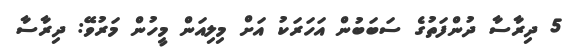
5 ދިރާސާ ދުންފަތުގެ ސަބަބުން އަހަރަކު އަށް މިލިއަން މީހުން މަރުވޭ: ދިރާސާ